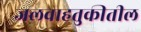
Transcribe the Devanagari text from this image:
जलवाहतुकीतील